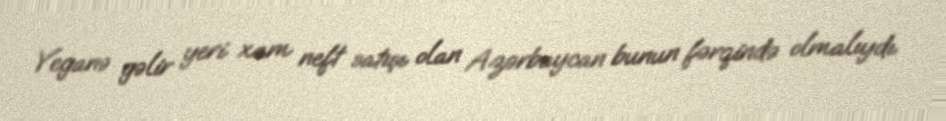
Yeganə gəlir yeri xam neft satışı olan Azərbaycan bunun fərqində olmalıydı.